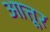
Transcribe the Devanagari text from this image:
आत्तूर